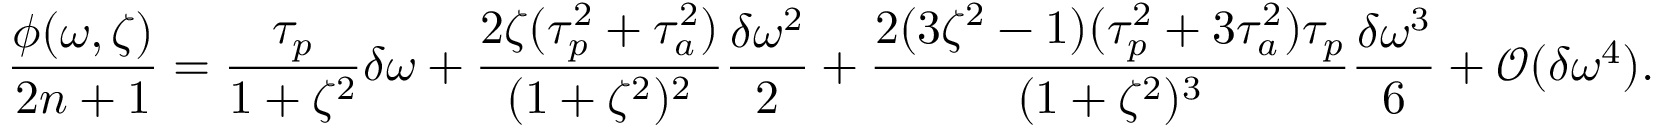
\frac { \phi ( \omega , \zeta ) } { 2 n + 1 } = \frac { \tau _ { p } } { 1 + \zeta ^ { 2 } } \delta \omega + \frac { 2 \zeta ( \tau _ { p } ^ { 2 } + \tau _ { a } ^ { 2 } ) } { ( 1 + \zeta ^ { 2 } ) ^ { 2 } } \frac { \delta \omega ^ { 2 } } { 2 } + \frac { 2 ( 3 \zeta ^ { 2 } - 1 ) ( \tau _ { p } ^ { 2 } + 3 \tau _ { a } ^ { 2 } ) \tau _ { p } } { ( 1 + \zeta ^ { 2 } ) ^ { 3 } } \frac { \delta \omega ^ { 3 } } { 6 } + \mathcal { O } ( \delta \omega ^ { 4 } ) .